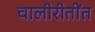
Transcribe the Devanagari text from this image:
चालीरीतींत